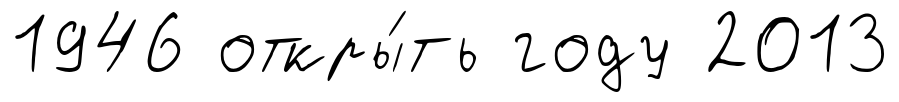
1946 откры́ть году 2013